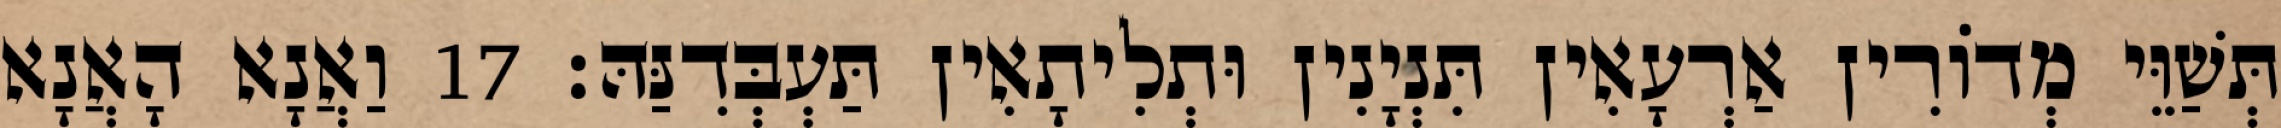
תְּשַׁוֵּי מְדוֹרִין אַרְעָאִין תִּנְיָנִין וּתְלִיתָאִין תַּעְבְּדִנַּהּ׃ 17 וַאֲנָא הָאֲנָא